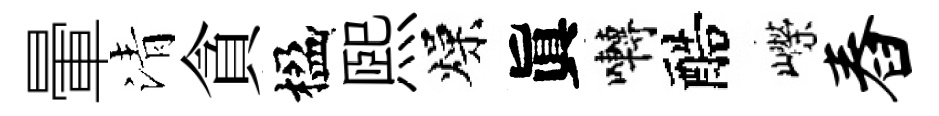
暈清貪楹煕燥眞囀醅嶸舂